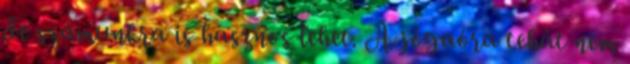
de számunkra is hasznos lehet. A jógaóra tehát nem